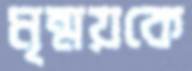
মৃন্ময়কে